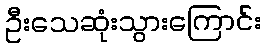
ဦးသေဆုံးသွားကြောင်း